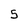
Character: 5